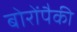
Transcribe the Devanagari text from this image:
बोरोंपैकी